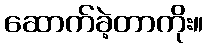
ဆောက်ခဲ့တာကိုး။